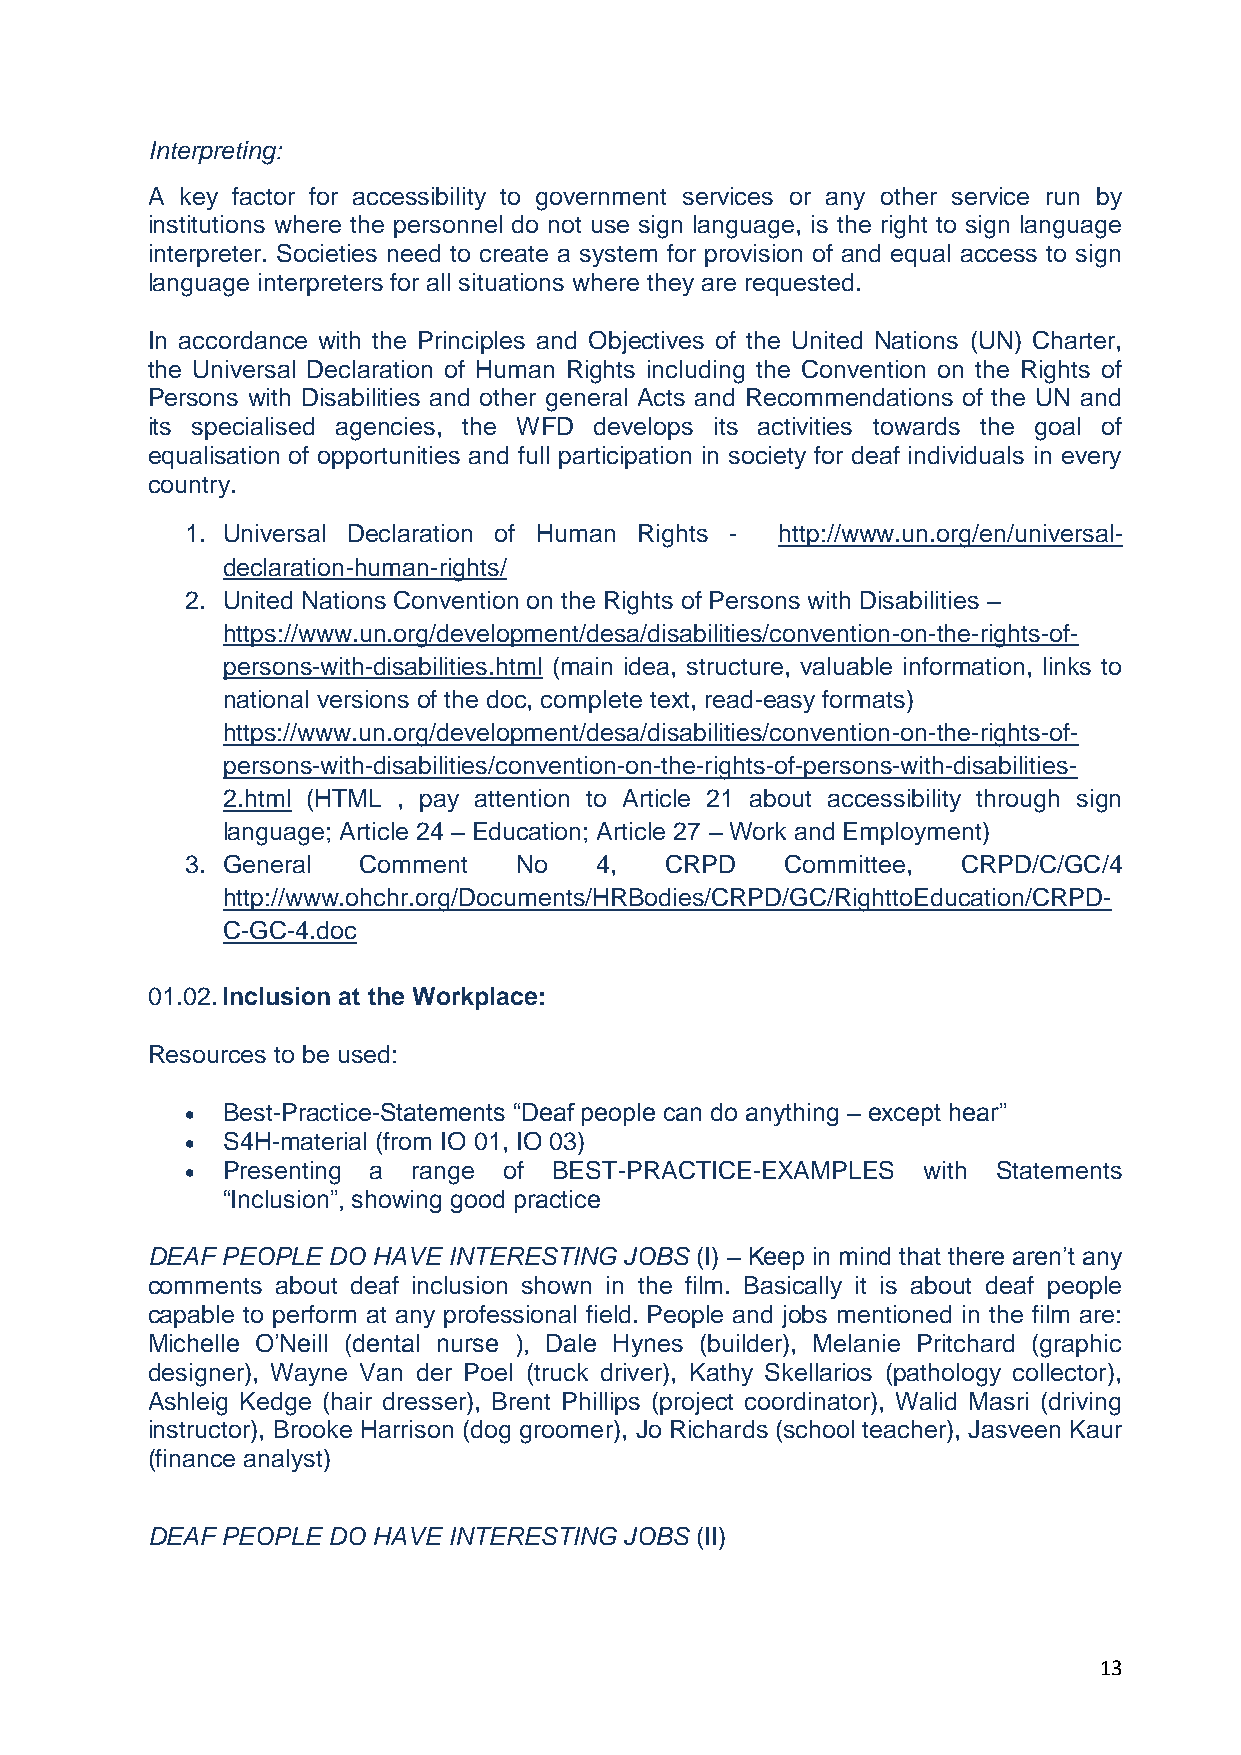
Interpreting:
 A key factor for accessibility to government services or any other service run by
 institutions where the personnel do not use sign language, is the right to sign language
 interpreter. Societies need to create a system for provision of and equal access to sign
 language interpreters for all situations where they are requested.
 In accordance with the Principles and Objectives of the United Nations (UN) Charter,
 the Universal Declaration of Human Rights including the Convention on the Rights of
 Persons with Disabilities and other general Acts and Recommendations of the UN and
 its specialised agencies, the WFD develops its activities towards the goal of
 equalisation of opportunities and full participation in society for deaf individuals in every
 country.
 1. Universal Declaration of Human Rights - http://www.un.org/en/universal-
 declaration-human-rights/
 2. United Nations Convention on the Rights of Persons with Disabilities –
 https://www.un.org/development/desa/disabilities/convention-on-the-rights-of-
 persons-with-disabilities.html (main idea, structure, valuable information, links to
 national versions of the doc, complete text, read-easy formats)
 https://www.un.org/development/desa/disabilities/convention-on-the-rights-of-
 persons-with-disabilities/convention-on-the-rights-of-persons-with-disabilities-
 2.html (HTML , pay attention to Article 21 about accessibility through sign
 language; Article 24 – Education; Article 27 – Work and Employment)
 3. General  Comment   No   4,   CRPD    Committee,  CRPD/C/GC/4
 http://www.ohchr.org/Documents/HRBodies/CRPD/GC/RighttoEducation/CRPD-
 C-GC-4.doc
 01.02. Inclusion at the Workplace:
 Resources to be used:
   Best-Practice-Statements “Deaf people can do anything – except hear”
   S4H-material (from IO 01, IO 03)
   Presenting a range of BEST-PRACTICE-EXAMPLES  with Statements
 “Inclusion”, showing good practice
 DEAF PEOPLE DO HAVE INTERESTING JOBS (I) – Keep in mind that there aren’t any
 comments about deaf inclusion shown in the film. Basically it is about deaf people
 capable to perform at any professional field. People and jobs mentioned in the film are:
 Michelle O’Neill (dental nurse ), Dale Hynes (builder), Melanie Pritchard (graphic
 designer), Wayne Van der Poel (truck driver), Kathy Skellarios (pathology collector),
 Ashleig Kedge (hair dresser), Brent Phillips (project coordinator), Walid Masri (driving
 instructor), Brooke Harrison (dog groomer), Jo Richards (school teacher), Jasveen Kaur
 (finance analyst)
 DEAF PEOPLE DO HAVE INTERESTING JOBS (II)
 13